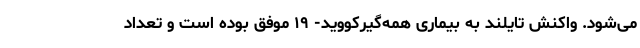
می‌شود. واکنش تایلند به بیماری همه‌گیرکووید- ۱۹ موفق بوده است و تعداد